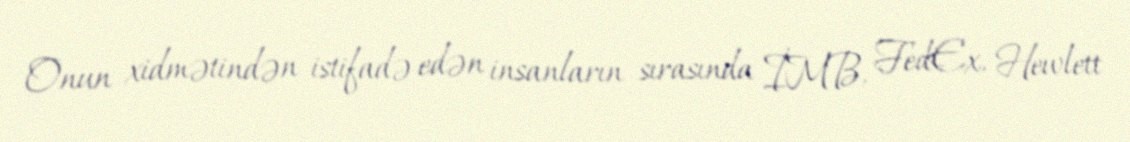
Onun xidmətindən istifadə edən insanların sırasında İMB, FedEx, Hewlett